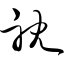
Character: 耽